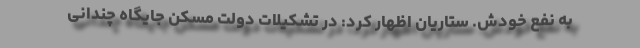
به نفع خودش. ستاریان اظهار کرد: در تشکیلات دولت مسکن جایگاه چندانی